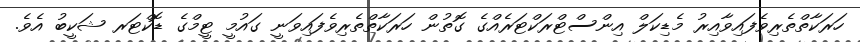
ހަރަކާތްތެރިވެފައިވާއިރު މެޑިކަލް އިންސްޓްރަކްޓަރެއްގެ ގޮތުން ހަރަކާތްތެރިވެފައިވަނީ ގައުމީ ޓީމްގެ ޑޮކްޓަރ ޝަކީބު އެވެ.